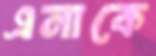
এনাকে